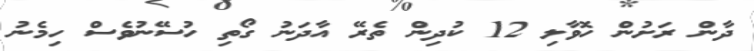
ދާން ރަށުން ހޮވާލި 12 ކުދިން ތެރޭ އާދަނު ގޯތި ހުސޭނުވެސް ހިމެނު